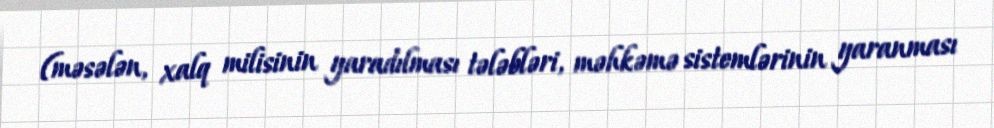
(məsələn, xalq milisinin yaradılması tələbləri, məhkəmə sistemlərinin yaranması